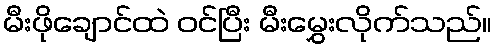
မီးဖိုချောင်ထဲ ဝင်ပြီး မီးမွှေးလိုက်သည်။